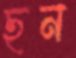
ছন